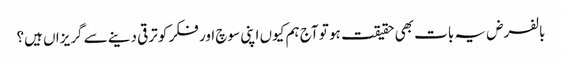
بالفرض یہ بات بھی حقیقت ہو تو آج ہم کیوں اپنی سوچ اور فکر کو ترقی دینے سے گریزاں ہیں؟